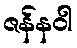
ဇန်နဝါ